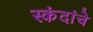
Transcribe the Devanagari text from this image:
स्कंदांचे